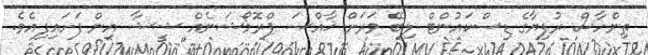
ތިންހާސް ރުފިޔާގެ ޑިސްކައުންޓް ލިބޭ ވަރަށް ޚާއްޞަ ޕްރޮމޯޝަނެއް ޝީޝާ އިން ފަށައިފިއެވެ.